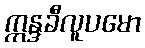
ဣန္ဒခီလူပမော